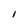
Character: I